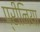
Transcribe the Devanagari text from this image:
प्रीनिया